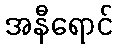
အနီရောင်